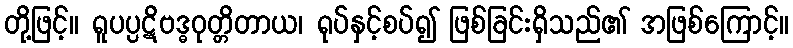
တို့ဖြင့်။ ရူပပ္ပဋိဗဒ္ဓဝုတ္တိတာယ၊ ရုပ်နှင့်စပ်၍ ဖြစ်ခြင်းရှိသည်၏ အဖြစ်ကြောင့်။